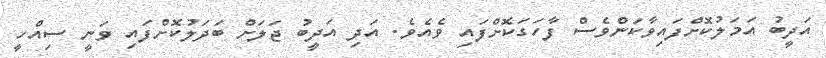
އަދީބު އަމަލުކޮށްފައިވާކަންވެސް ފާހަގަކޮށްފައި ވެއެވެ. އަދި އަދީބު ޖަލަށް ބަދަލުކޮށްފައި ވަނީ ސިއްހީ